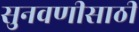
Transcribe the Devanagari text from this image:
सुनवणीसाठी